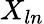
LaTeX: X_{ln}